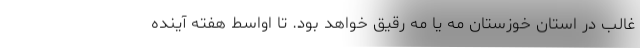
غالب در استان خوزستان مه یا مه رقیق خواهد بود. تا اواسط هفته آینده